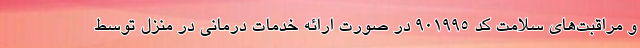
و مراقبت‌های سلامت کد ۹۰۱۹۹۵ در صورت ارائه خدمات درمانی در منزل توسط